Vabadussoja_Ajaloo_Komitee, lk 114
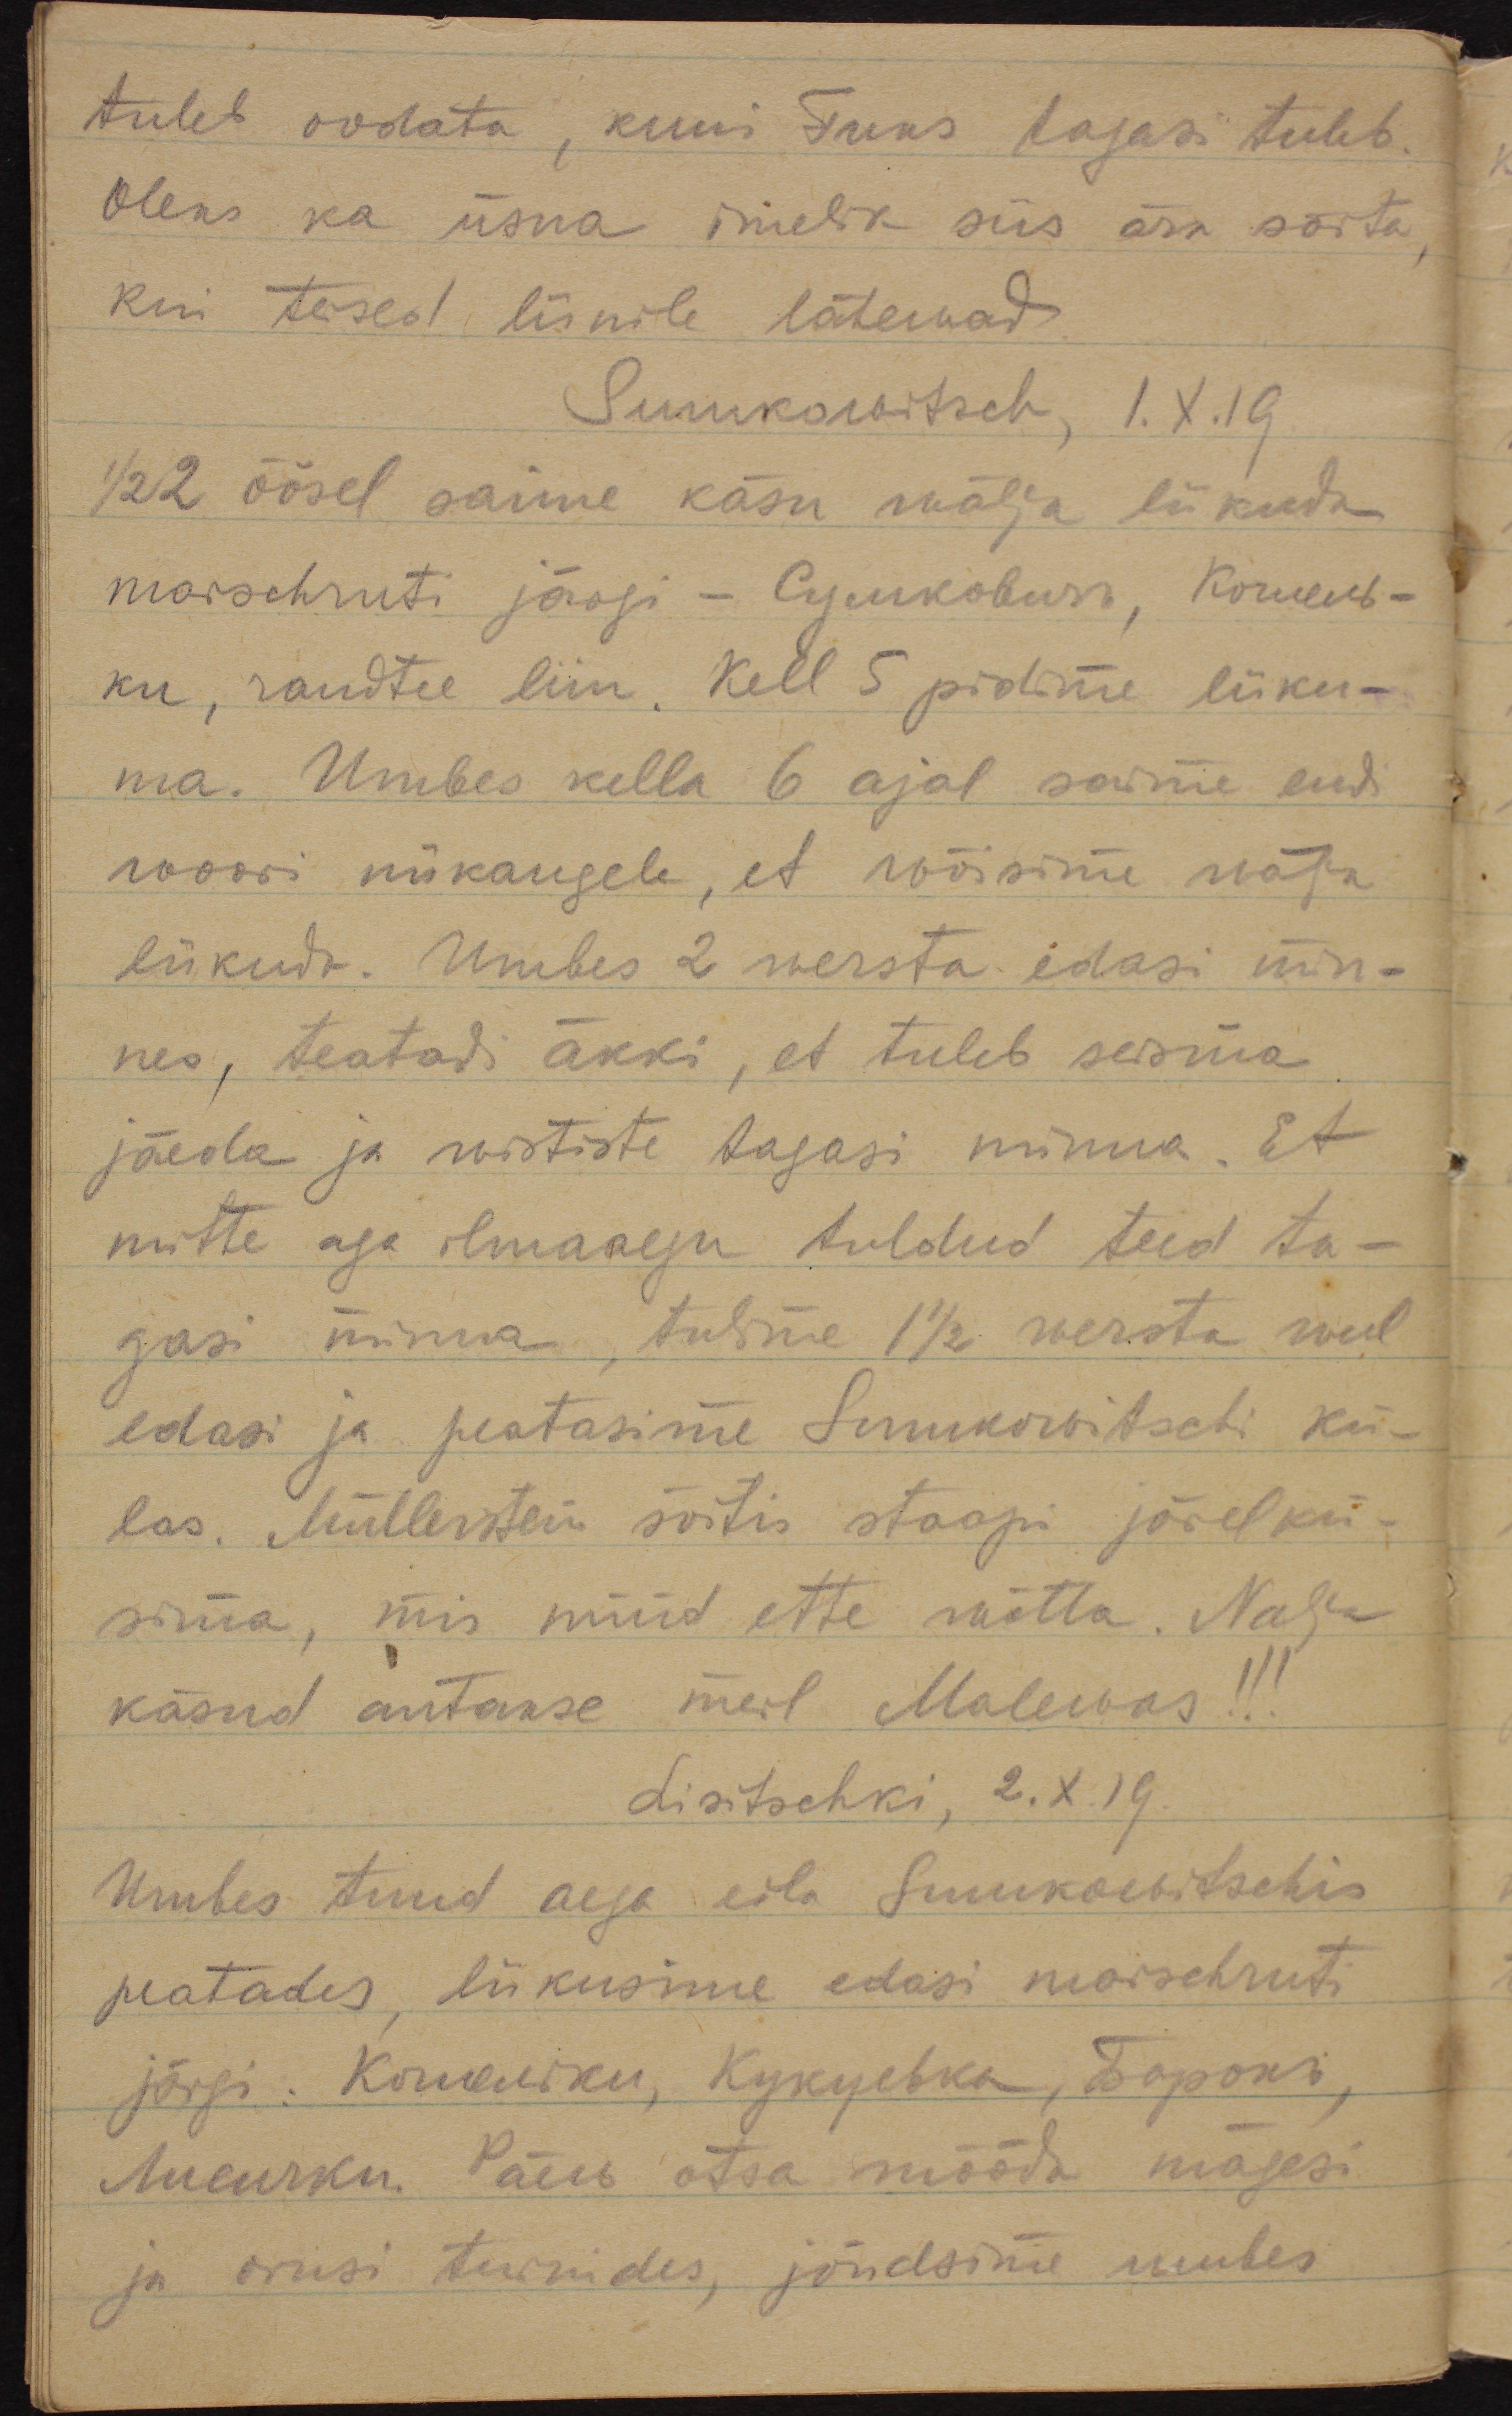
tuleb oodata, kuni Fuks tagasi tuleb.
Oleks ka üsna imelik siis ära sõita,
kui teised liinile lähewad
Sumkowitsch, I.X.19
1/2 2 öösel saime käsu wälja liikuda
marschruti järgi - Сумковичъ, Кошель- 
ки, raudtee liin. Kell 5 pidime liiku-
ma. Umbes kella 6 ajal saime endi
woori niikaugele, et wõisime wälja 
liikuda. Umbes 2 wersta edasi min-
nes, teatati äkki, et tuleb seisma
jäeda ja wististi tagasi minna. Et
mitte aga ilmaaegu tuldud teed ta-
gasi minna, tulime 1 1/2 wersta weel
edasi ja peatasime  Sumkowitschi kü-
las. Müllerstein sõitis staapi järelkü-
sima, mis nüüd ette wõtta. Nagu
käsud antakse meil Malewas!!!
Lisitschki, 2.X.19.
Umbes tund aega eila Sumkowitschi
peatades, liikusime edasi marschruti
järgi: Кошельки, Кукуська, Баронъ
Лисички. Päew otsa mõõda mägesi
ja orusi turnides, jõudsime umbes